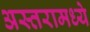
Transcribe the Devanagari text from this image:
अस्तरामध्ये